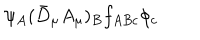
\psi _ { A } ( \bar { D } _ { \mu } A _ { \mu } ) _ { B } f _ { A B c } \phi _ { c }